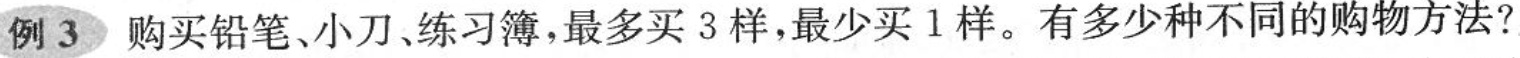
例3购买铅笔、小刀、练习簿，最多买3样，最少买1样。有多少种不同的购物方法?